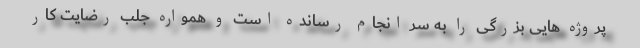
پروژه هایی بزرگی را به سر انجام رسانده است و همواره جلب رضایت کار